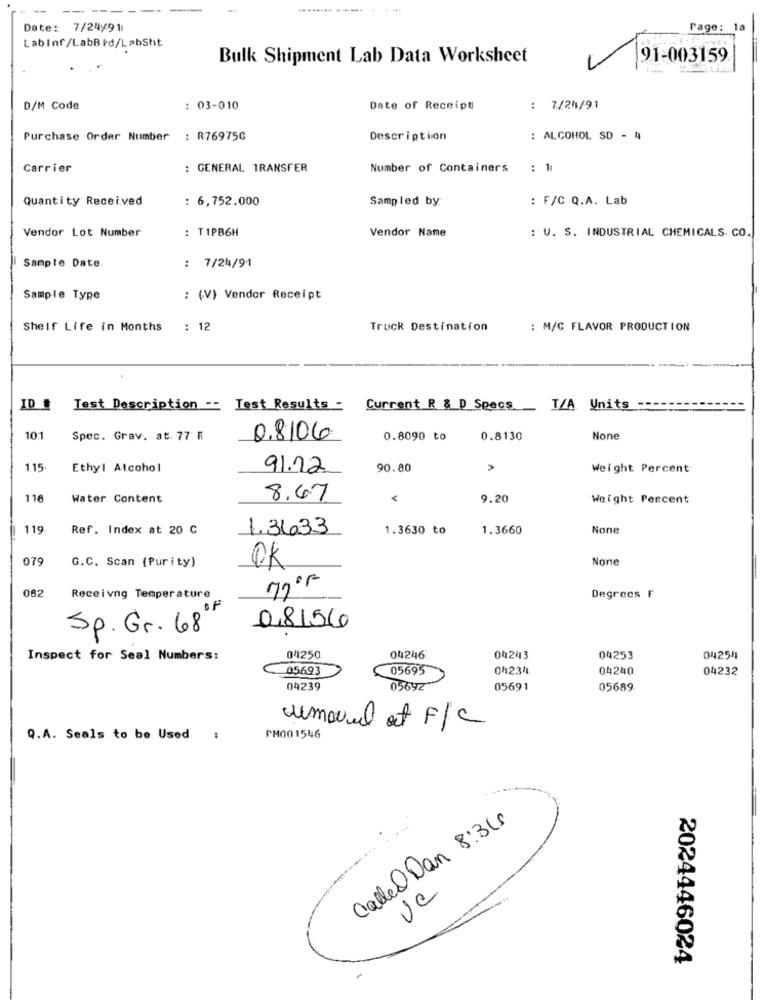
-----
--
-
......... ...... . ...
Date: 7/24/91
Page: 1a
LabInf/LabBid/LabSht
Bulk Shipment Lab Data Worksheet
91-003159
D/M Code
: 03-010
Date of Receipt
: 7/24/91
Purchase Order Number
: R76975G
Description
: ALCOHOL SD - 4
Carrier
: GENERAL TRANSFER
Number of Containers
: 1
Quantity Received
: 6,752.000
Sampled by
: F/C Q.A. Lab
Vendor Lot Number
: T 1PB6H
Vendor Name
: U. S. INDUSTRIAL CHEMICALS. CO.
Sample Date
: 7/24/94
Sample Type
: (V) Vendor Receipt
Shelf Life in Months
: 12
Truck Destination
: M/G FLAVOR PRODUCTION
ID #
Test Description -- Test Results - Current R & D Specs
T/A Units
10.1
Spec. Grav. at. 77 R
0.8/06
0.8090 to
0.8130
115
Ethyl Alcohol
91.12
90.80
Weight Percent
116
Water Content
8.67
<
9.20
Weight Percent
119
Ref. Index at 20 C
1.3633
1.3630 to
1.3660
079
G.C. Scan (Purity)
OK
082
Receivng Temperature
Degrees F
Sp. Gr. 68
08156
Inspect for Seal Numbers:
04250
04246
042/13
04253
04254
05693
05695
04234.
04240
04232
04239
05692
05691
05689
wemoved at F/c
Q.A. Seals to be Used
PM001546
Called Dan 8:31
ve
2024446024